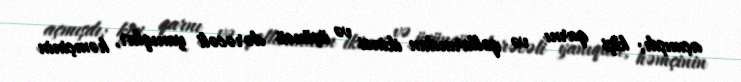
açmışdı; kişi qarnı və qollarından ikinci və üçüncü dərəcəli yanıqlar, həmçinin